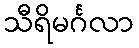
သီရိမင်္ဂလာ